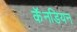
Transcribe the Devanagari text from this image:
कॅनडियन